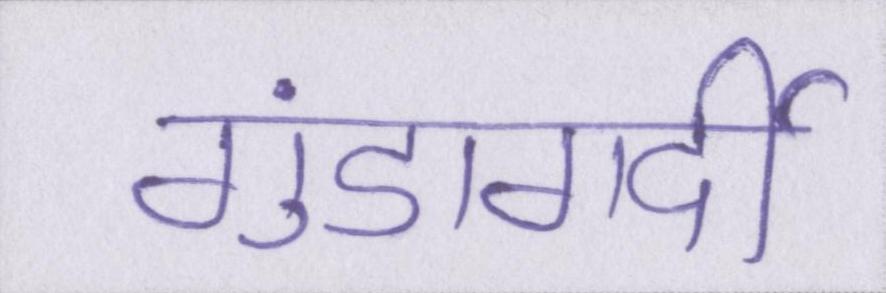
गुंडागर्दी